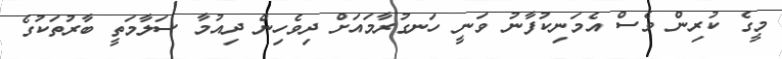
މީގެ ކުރިން ވެސް އެމަނިކުފާނު ވަނީ ހަނގުރާމައަށް ދިވެހިން ދިއުމާ ސަލާމަތީ ބާރުތަކުގެ